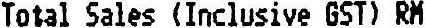
TOTAL SALES (INCLUSIVE GST) RM